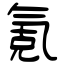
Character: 氪